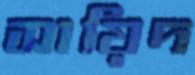
সায়িদ